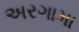
અરગામા